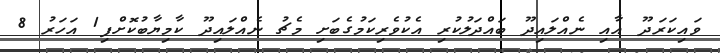
ވައިކަރަދޫ އާއި ނެއްލައިދޫ ބައްދަލުކުރި އެކުވެރިކަމުގެބަށި މެޗު ނެއްލައިދޫ ކާމިޔާބުކޮށްފި1 އަހަރު 8